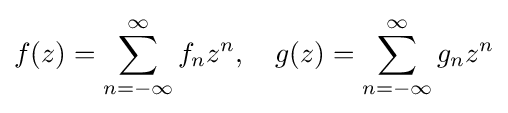
f(z)=\sum _{n=-\infty }^{\infty }f_{n}z^{n},\quad g(z)=\sum _{n=-\infty }^{\infty }g_{n}z^{n}